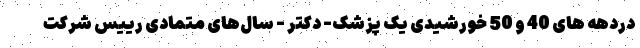
دردهه های 40 و 50 خورشیدی یک پزشک- دکتر - سال‌های متمادی رییس شرکت